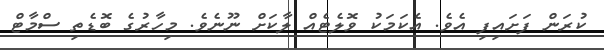
ކުރަން ފަށައިފި އެވެ. އެކަމަކު ވޮލެޓެއް ލާކަށް ނޫނެވެ. މިހާރުގެ ބޮޑެތި ސްމާޓް